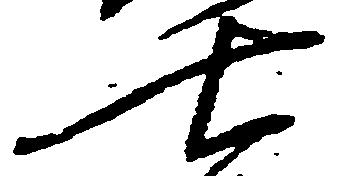
七